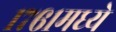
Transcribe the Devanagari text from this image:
१७६१मध्ये